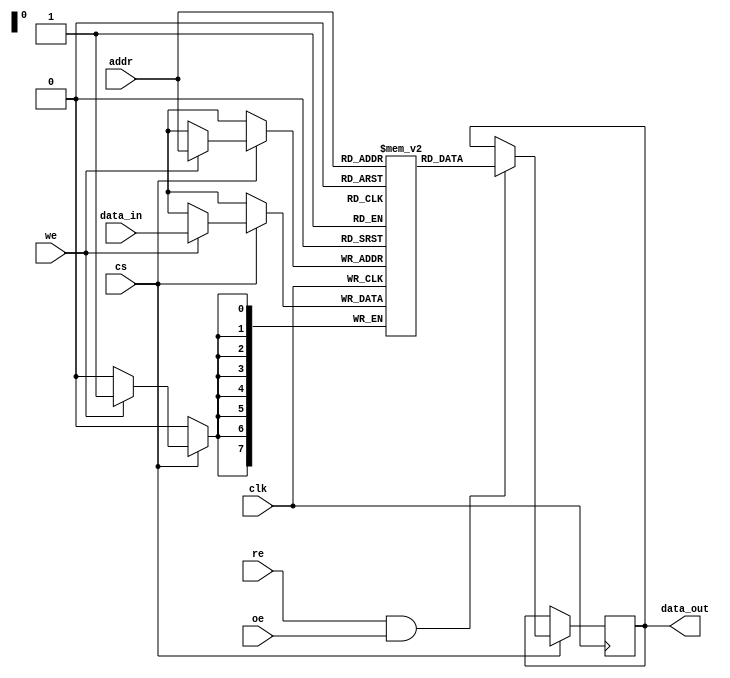
module eSRAM #(
    parameter DATA_WIDTH = 8,   // Data width (e.g., 8, 16, 32)
    parameter ADDR_WIDTH = 8,   // Address width (e.g., for 256, 512, etc. locations)
    parameter INITIAL_VALUE = 0 // Default initialization value
)(
    input wire clk,               // Clock signal
    input wire cs,                // Chip Select
    input wire we,                // Write Enable
    input wire re,                // Read Enable
    input wire oe,                // Output Enable
    input wire [ADDR_WIDTH-1:0] addr, // Address input
    input wire [DATA_WIDTH-1:0] data_in, // Data input for write
    output reg [DATA_WIDTH-1:0] data_out  // Data output for read
);

// Memory array declaration
reg [DATA_WIDTH-1:0] mem_array [(2**ADDR_WIDTH)-1:0];

// Initialization of memory contents
integer i;
initial begin
    for (i = 0; i < (2**ADDR_WIDTH); i = i + 1) begin
        mem_array[i] = INITIAL_VALUE; // Initialize all memory cells
    end
end

// Read and Write operations
always @(posedge clk) begin
    if (cs) begin // Check if chip is selected
        if (we) begin
            // Write operation
            mem_array[addr] <= data_in; // Write data to the specified address
        end
        if (re && oe) begin
            // Read operation
            data_out <= mem_array[addr]; // Read data from the specified address
        end
    end
end

endmodule